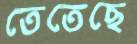
তেতেছে